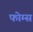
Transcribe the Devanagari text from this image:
फोम्स